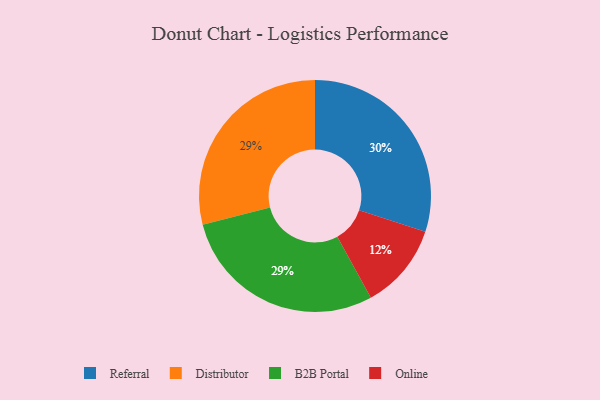
{"axis": {"x": "Category", "y": "Percentage"}, "legend": ["B2B Portal", "Distributor", "Online", "Referral"], "data": [{"x": "Referral", "y": 30, "type": "Referral"}, {"x": "Distributor", "y": 29, "type": "Distributor"}, {"x": "Online", "y": 12, "type": "Online"}, {"x": "B2B Portal", "y": 29, "type": "B2B Portal"}]}